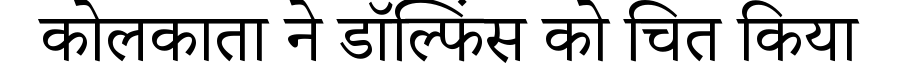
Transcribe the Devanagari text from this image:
कोलकाता ने डॉल्फिंस को चित किया